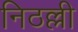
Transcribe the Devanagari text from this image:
निठल्ली